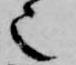
也